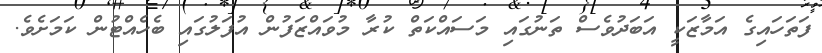
ފަތަހައިގެ އަމާޒަކީ އަބަދުވެސް ތަނުގައި މަސައްކަތް ކުރާ މުވައްޒަފުން އުފަލުގައި ބެހެއްޓުން ކަމަށެވެ.